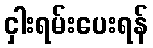
ငှါးရမ်းပေးရန်